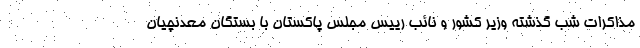
مذاکرات شب گذشته وزیر کشور و نائب رییس مجلس پاکستان با بستگان معدنچیان